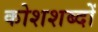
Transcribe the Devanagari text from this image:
कोशशब्दों